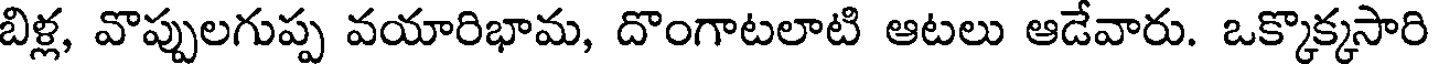
బిళ్ల, వొప్పులగుప్ప వయారిభామ, దొంగాటలాటి ఆటలు ఆడేవారు. ఒక్కొక్కసారి